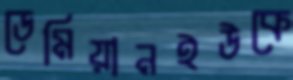
ডেমিয়ানইউকে